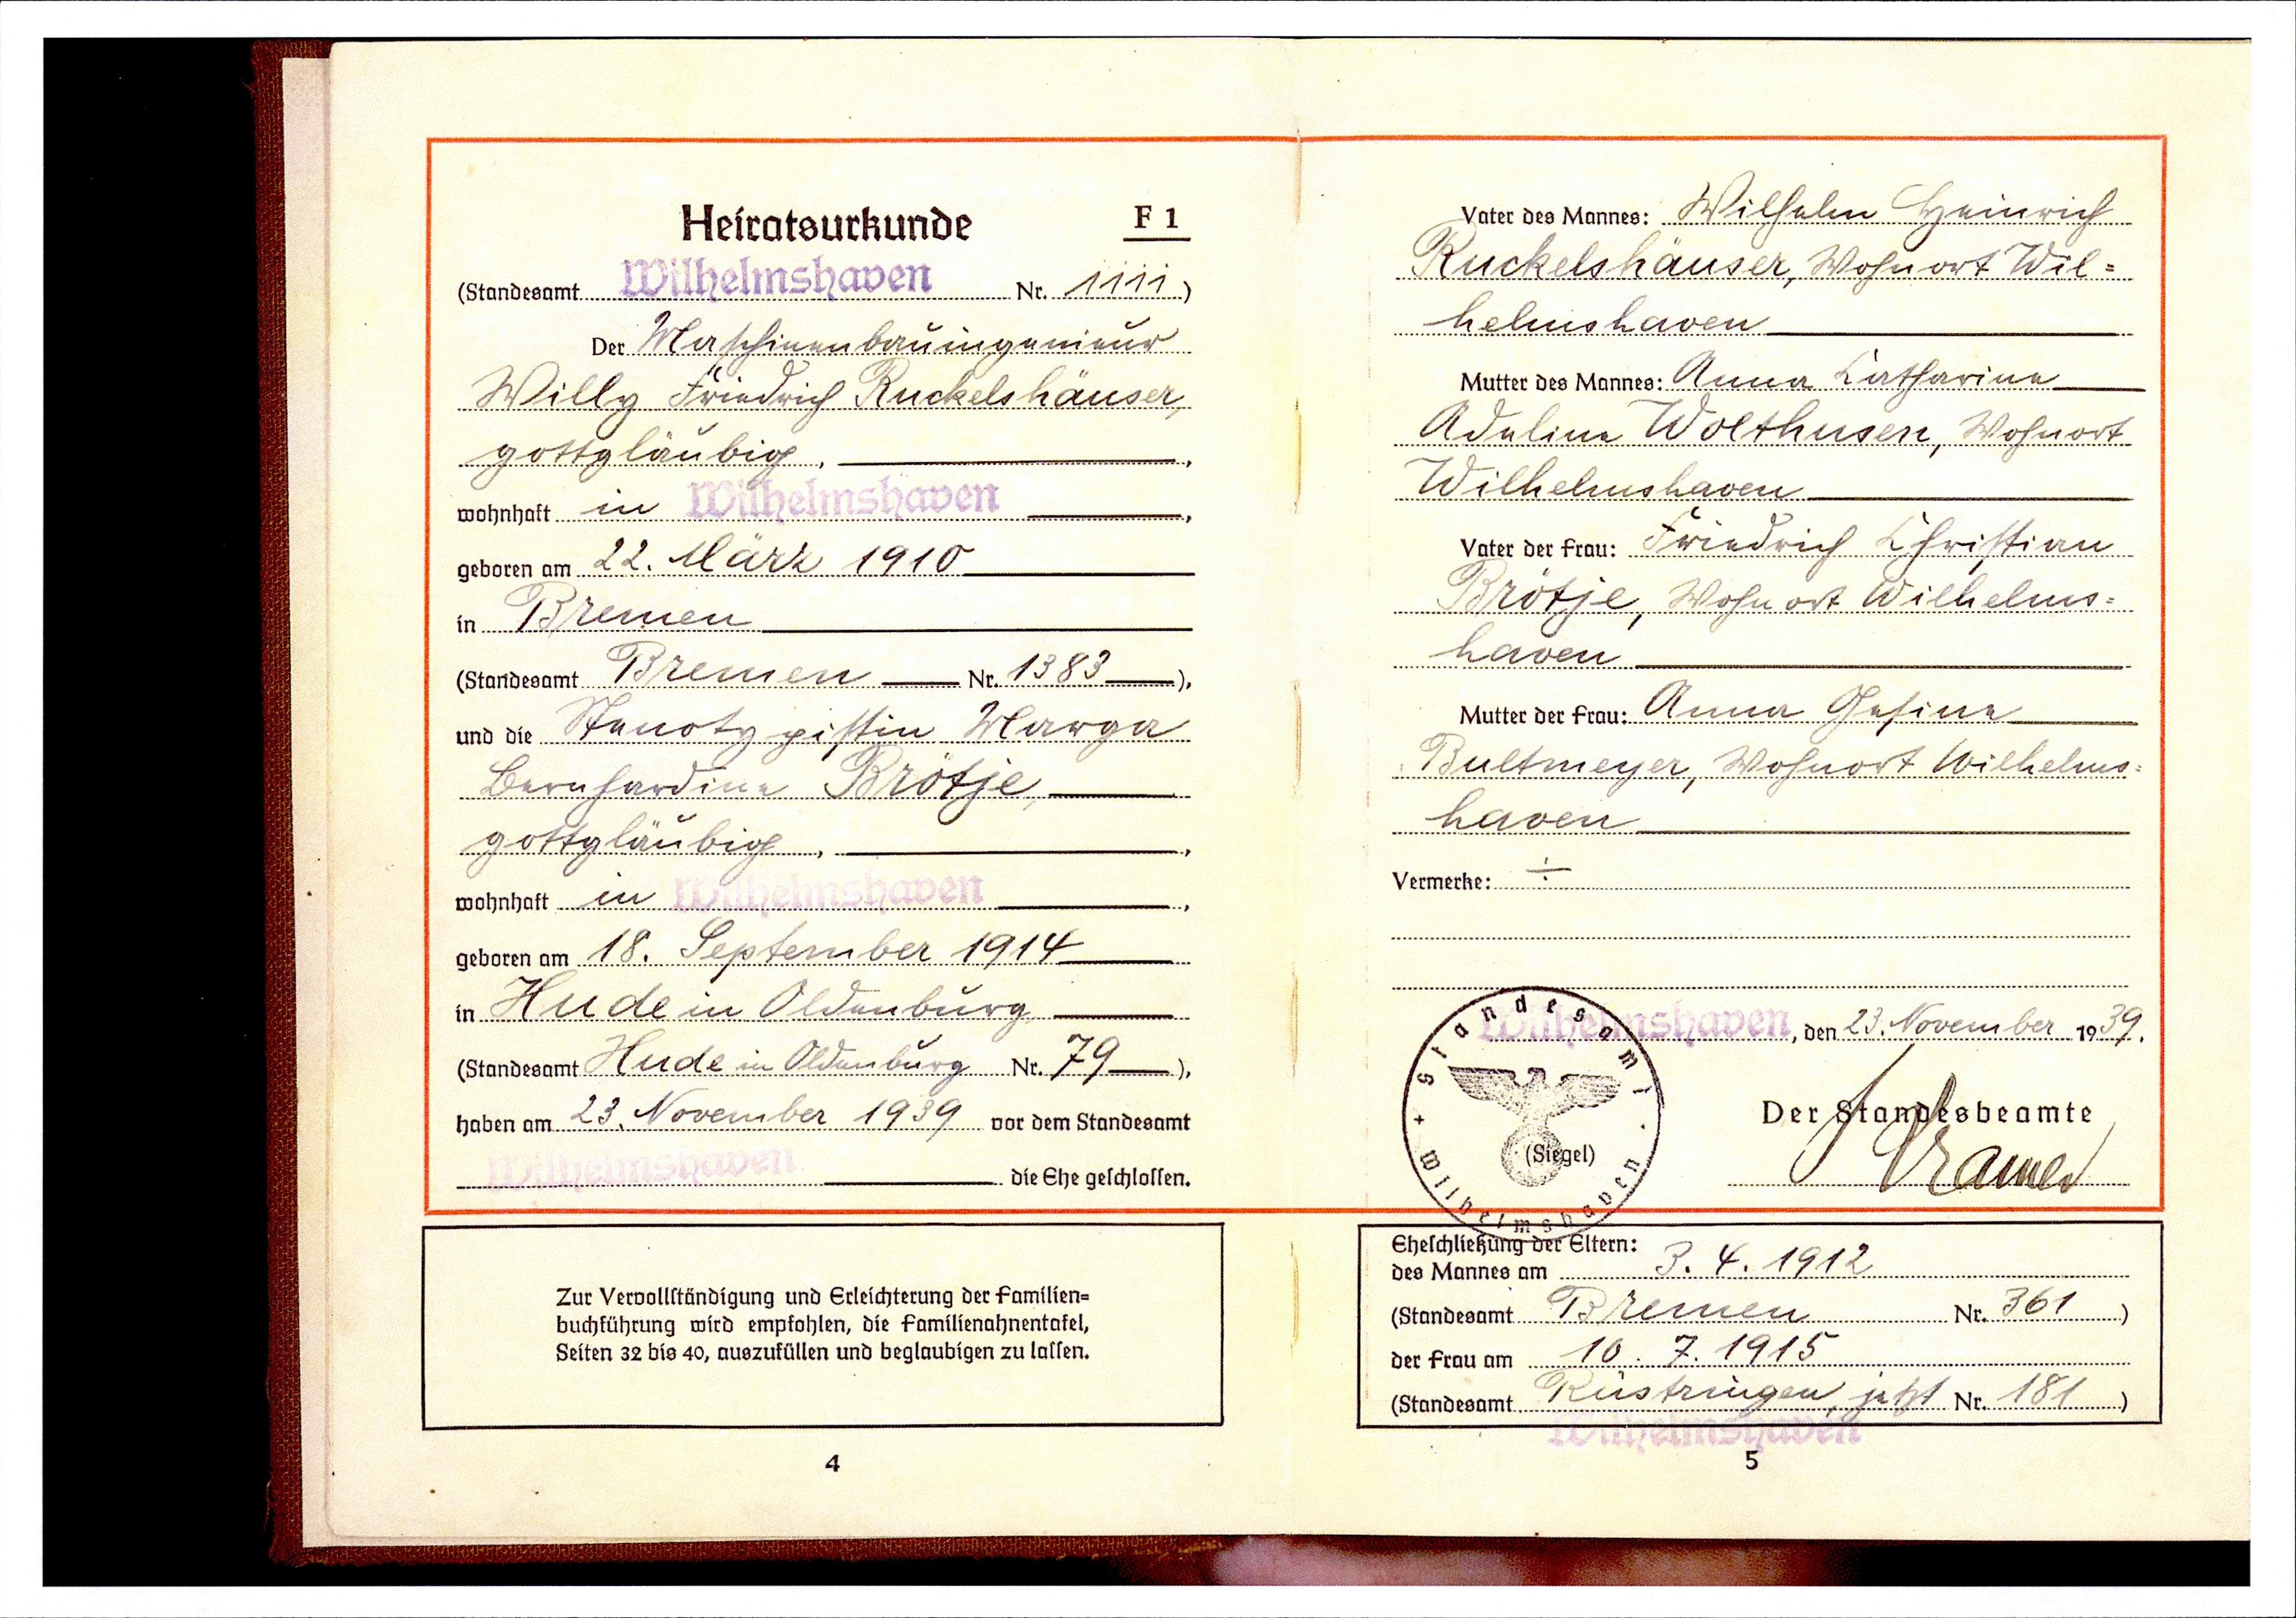
Mibelmchaben . 1112)
de Natchinenbaumgement
Willy Friedrich Ruckelshäuser
gottgläubig.
n
22. Mart 1910
in Sremen
Bremen18
Stanotz pisten Marza
Bernharden Kroge
gottgläubich
in
18. September 1914
AndeAldemburg
Hude Adenburg .79
28. November 1939

Wilhelm Heinrich
Ruckelshäuser, Wohnort Wil¬
helenshaven
Anna Katharine
Adelin Wolthusen, Wohnort
Wilhelmshaven
Friedrich Pfristion
otje, Wohn ost Wilbelms
haven
Anna Gesine
Bultmeger, Wohnort Wilhelms
haven
23. Novemsber 1939.
 Mamen
7.k. 1912
Seeen 6
10.7.1918
Ruskingen sett e 1